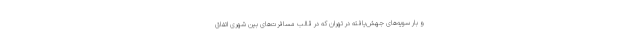
و بار سویه‌های جهش‌یافته در تهران که در قالب مسافرت‌های بین شهری اتفاق